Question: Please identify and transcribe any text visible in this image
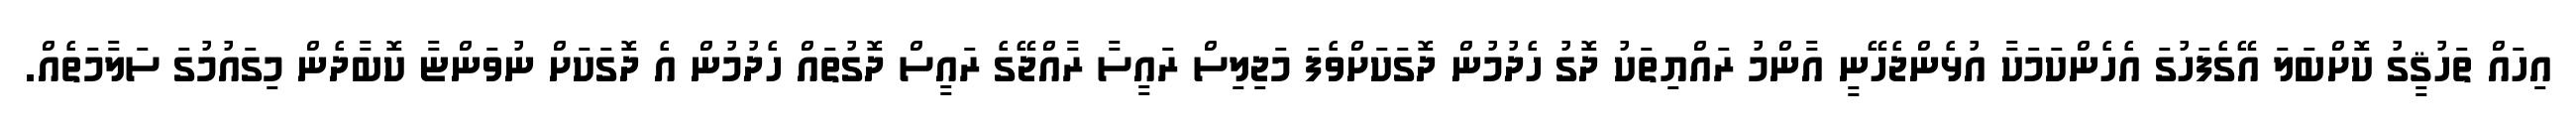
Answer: އިހައް ތަހުޤީގު ކޮށްބަލަ އޭގެފަހުގަ އެހެންކަމަކާ އުޅެންޖެހޭނީ އާންމު ރައްޔިތަކު ދޮގު ހެދުމުން ދޮގަކަށްވެފަ މަޖިލިސް ރައީސާ ރާއްޖޭގެ ރައީސް ދޮގުތައް ހެދުމުން އެ ދޮގަކަށް ނުވަންޏާ ކޮބާދެން މިގައުމުގަ ސަލާމަތެއް.